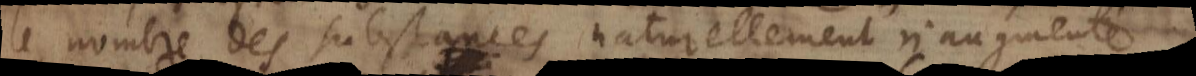
le nombre des substances naturellement n’augmente